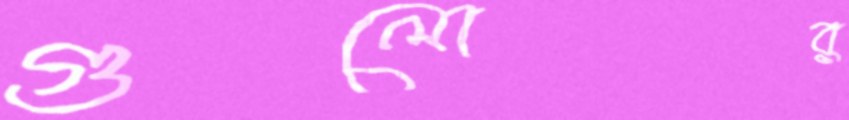
গুলোর